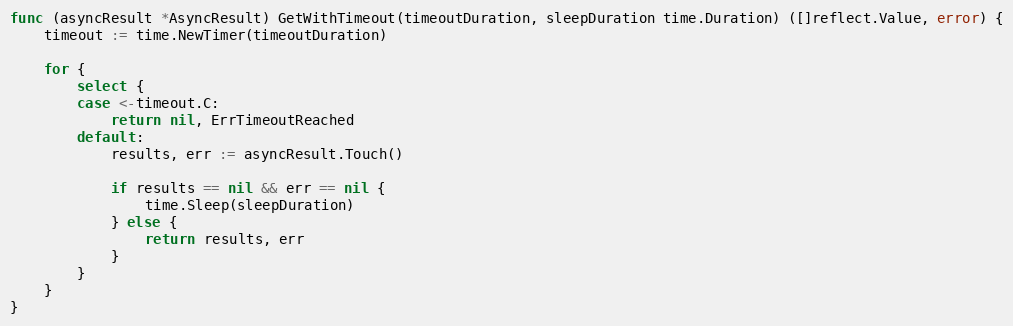
Language: Go
func (asyncResult *AsyncResult) GetWithTimeout(timeoutDuration, sleepDuration time.Duration) ([]reflect.Value, error) {
	timeout := time.NewTimer(timeoutDuration)

	for {
		select {
		case <-timeout.C:
			return nil, ErrTimeoutReached
		default:
			results, err := asyncResult.Touch()

			if results == nil && err == nil {
				time.Sleep(sleepDuration)
			} else {
				return results, err
			}
		}
	}
}